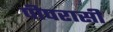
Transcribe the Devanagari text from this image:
पीपरासी